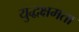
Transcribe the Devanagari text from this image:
युद्धक्षमता